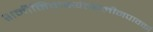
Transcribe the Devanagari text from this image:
शमीमिवाभ्यंतरलीनपावकां